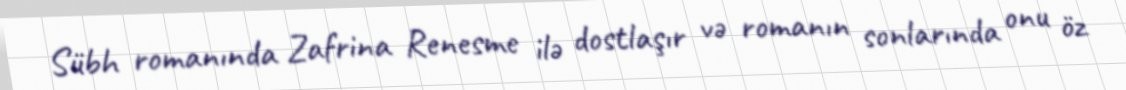
Sübh romanında Zafrina Renesme ilə dostlaşır və romanın sonlarında onu öz